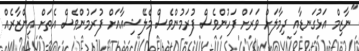
"ނާޒިމް އަޅުގަނޑާއި ދިމާލަށް ވަރަށް ފަހުންވެސް ފުރަމުންވެސް މެލޭޝިއާއަށް ފުރަމުންވެސް އެތަށް އިންޒާރެއް